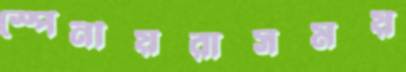
স্পেনীয়রাসময়